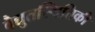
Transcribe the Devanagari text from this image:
वैद्युतस्थितिकी